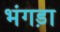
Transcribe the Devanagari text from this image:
भंगड़ा